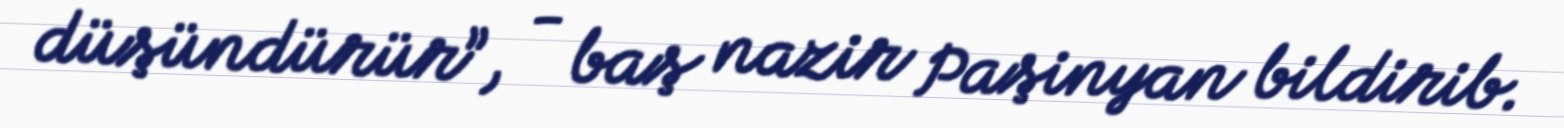
düşündürür”, - baş nazir Paşinyan bildirib.